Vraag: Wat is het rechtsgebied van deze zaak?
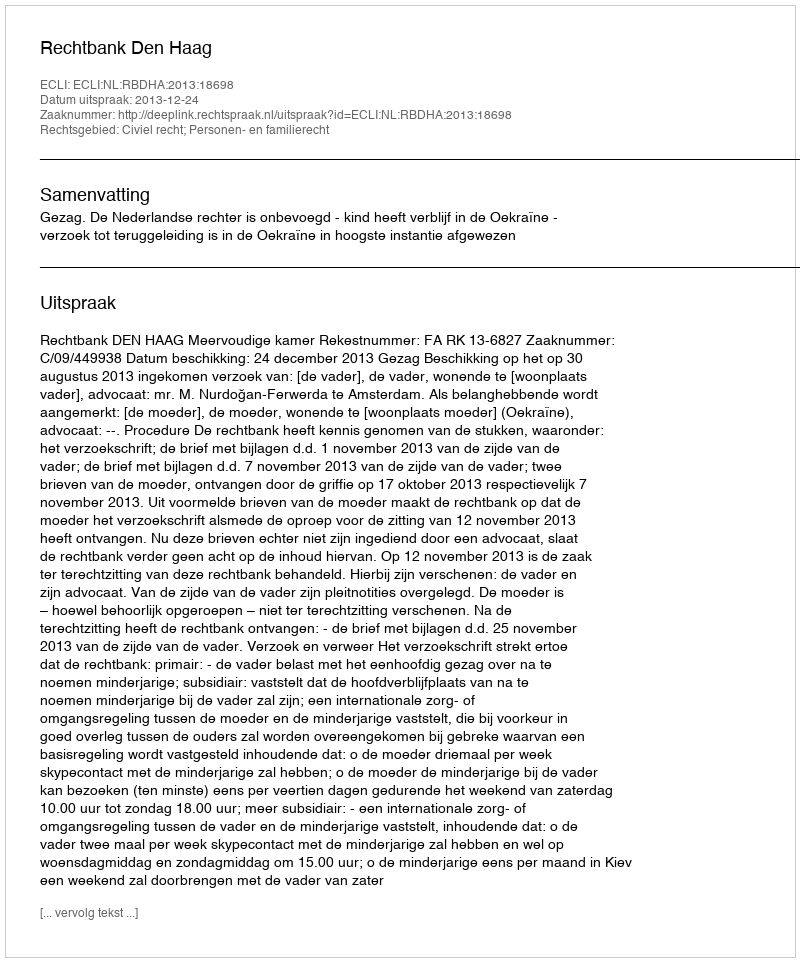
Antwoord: Civiel recht; Personen- en familierecht